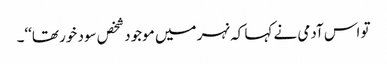
تو اس آدمی نے کہا کہ نہر میں موجود شخص سود خور تھا‘‘۔